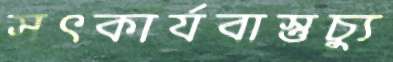
সৎকার্যবাস্তুচ্যু